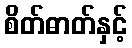
စိတ်ဓာတ်နှင့်